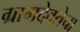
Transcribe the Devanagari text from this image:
ग्रामदेवतेचा